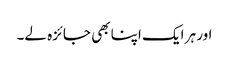
اور ہر ایک اپنا بھی جائزہ لے۔